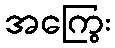
အကြွေး